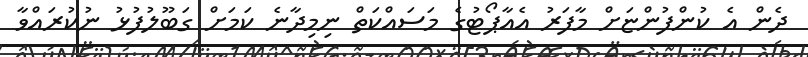
ދެން އެ ކުންފުންޏަށް މާފަރު އެއާޕޯޓުގެ މަސައްކަތް ނިމިދާނެ ކަމަށް ގަބޫލުފުޅު ނުކުރައްވާ